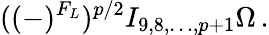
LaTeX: ((-)^{F_{L}})^{p/2}I_{9,8,\ldots,p+1}\Omega\, .